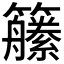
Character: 𱸱